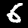
Label: 6